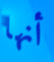
أنها